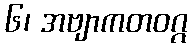
၆၊ အဗျာကတဝဂ္ဂ